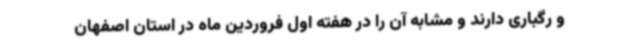
و رگباری دارند و مشابه آن را در هفته اول فروردین ماه در استان اصفهان